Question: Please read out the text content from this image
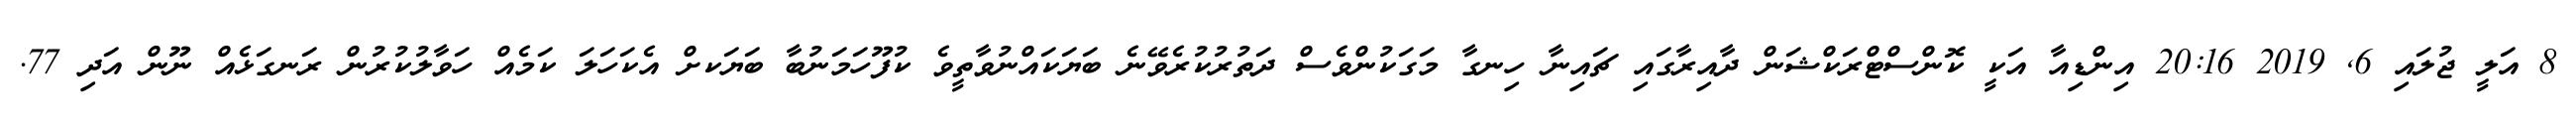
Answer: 8 އަލީ ޖުލައި 6, 2019 20:16 އިންޑިއާ އަކީ ކޮންސްޓްރަކްޝަން ދާއިރާގައި ޗައިނާ ހިނގާ މަގަކުންވެސް ދަތުރުކުރެވޭނެ ބަޔަކައްނުވާތީވެ ކުފޫހަމަނުބާ ބަޔަކށް އެކަހަލަ ކަމެއް ހަވާލުކުރުން ރަނގަޅެއް ނޫން އަދި 77.